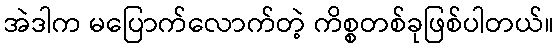
အဲဒါက မပြောက်လောက်တဲ့ ကိစ္စတစ်ခုဖြစ်ပါတယ်။